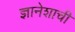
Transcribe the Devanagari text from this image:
ज्ञानेशाची